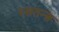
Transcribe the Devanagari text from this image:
रसतन्त्र